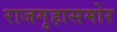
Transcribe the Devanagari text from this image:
राजगृहासमोर